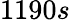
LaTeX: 1190s